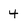
Character: 4